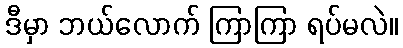
ဒီမှာ ဘယ်လောက် ကြာကြာ ရပ်မလဲ။